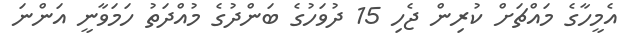
އެމީހާގެ މައްޗަށް ކުރިން ޖެހި 15 ދުވަހުގެ ބަންދުގެ މުއްދަތު ހަމަވާނީ އަންނަ